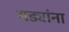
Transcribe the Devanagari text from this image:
गड्यांना